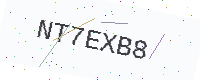
Text: NT7EXB8